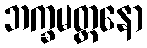
ဘက္ခမတ္တနော